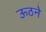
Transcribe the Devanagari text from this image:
ऊठने